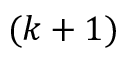
( k + 1 )